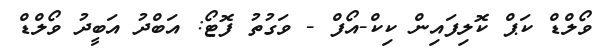
ވޯލްޑް ކަޕް ކޮލިފައިން ކިކް-އޯފް - ވަގުތު ފޮޓޯ: އަބްދު އަބީދު ވޯލްޑް